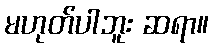
မဟုတ်ပါဘူး ဆရာ။